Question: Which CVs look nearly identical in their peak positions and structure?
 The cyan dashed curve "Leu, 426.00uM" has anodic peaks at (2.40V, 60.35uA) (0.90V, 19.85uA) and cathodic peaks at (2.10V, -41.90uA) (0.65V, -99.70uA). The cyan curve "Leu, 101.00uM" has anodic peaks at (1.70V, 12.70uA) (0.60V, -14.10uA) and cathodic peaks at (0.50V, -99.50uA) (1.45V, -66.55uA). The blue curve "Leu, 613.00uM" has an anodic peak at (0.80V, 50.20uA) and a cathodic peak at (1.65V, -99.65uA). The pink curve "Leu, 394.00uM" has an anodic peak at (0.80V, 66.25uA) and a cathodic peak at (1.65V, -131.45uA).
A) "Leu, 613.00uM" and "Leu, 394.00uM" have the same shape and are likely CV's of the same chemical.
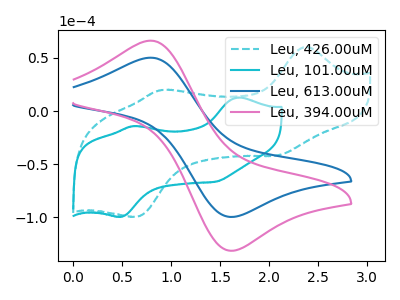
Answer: <think>"Leu, 426.00uM" and "Leu, 101.00uM" have at least one peak that do not match. "Leu, 426.00uM" and "Leu, 613.00uM" have a different number of peaks. "Leu, 426.00uM" and "Leu, 394.00uM" have a different number of peaks. "Leu, 101.00uM" and "Leu, 613.00uM" have a different number of peaks. "Leu, 101.00uM" and "Leu, 394.00uM" have a different number of peaks. All the peaks in "Leu, 613.00uM" have a peak in "Leu, 394.00uM" at the same potential. Every peak in "Leu, 613.00uM" is lower than every peak in "Leu, 394.00uM".
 </think>
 <answer>A) "Leu, 613.00uM" and "Leu, 394.00uM" have the same shape and are likely CV's of the same chemical.</answer>
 <eval>A</eval>